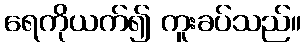
ရေကိုယက်၍ ကူးခပ်သည်။